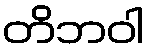
တိဘဝါ